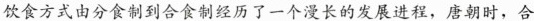
饮食方式由分食制到合食制经历了一个漫长的发展进程，唐朝时，合